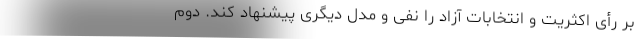
بر رأی اکثریت و انتخابات آزاد را نفی و مدل دیگری پیشنهاد کند. دوم